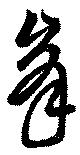
峯